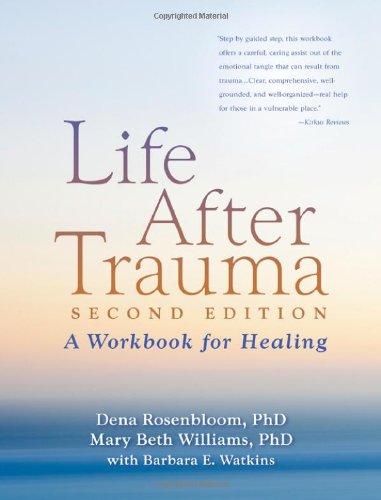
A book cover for Life After Trauma, Second Edition: A Workbook for Healing; Dena Rosenbloom; Parenting & Relationships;